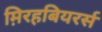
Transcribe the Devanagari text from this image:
म़िरहबियरर्स